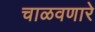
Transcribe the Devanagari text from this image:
चाळवणारे